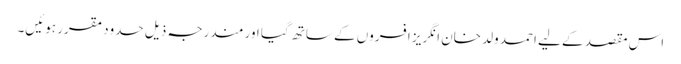
اس مقصد کے لیے احمد ولد خان انگریز افسروں کے ساتھ گیا اور مندرجہ ذیل حدود مقرر ہوئیں۔